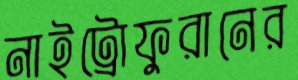
নাইট্রোফুরানের